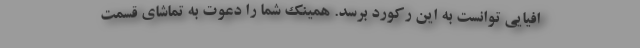
افیایی توانست به این رکورد برسد. همینک شما را دعوت به تماشای قسمت